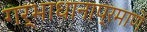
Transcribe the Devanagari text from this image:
गर्भाधानाप्रमाणे